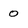
Character: 0